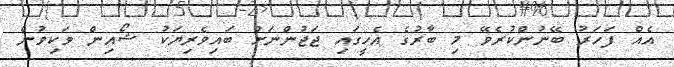
އެއް ފަހަރު ބޭނުންކުރެވޭ މި ބާރުގެ އެހީގައި ޖަޖުންނަށް ބައިވެރިޔަކު ޝޯއިން ވަކިވުން